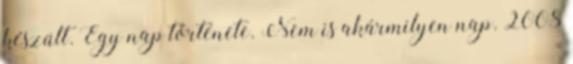
készült. Egy nap története. Nem is akármilyen nap. 2008